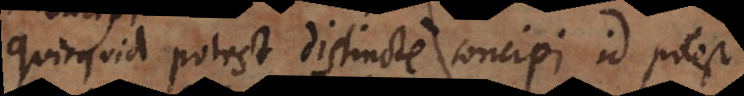
Quicquid potest distincte concipi, id potest